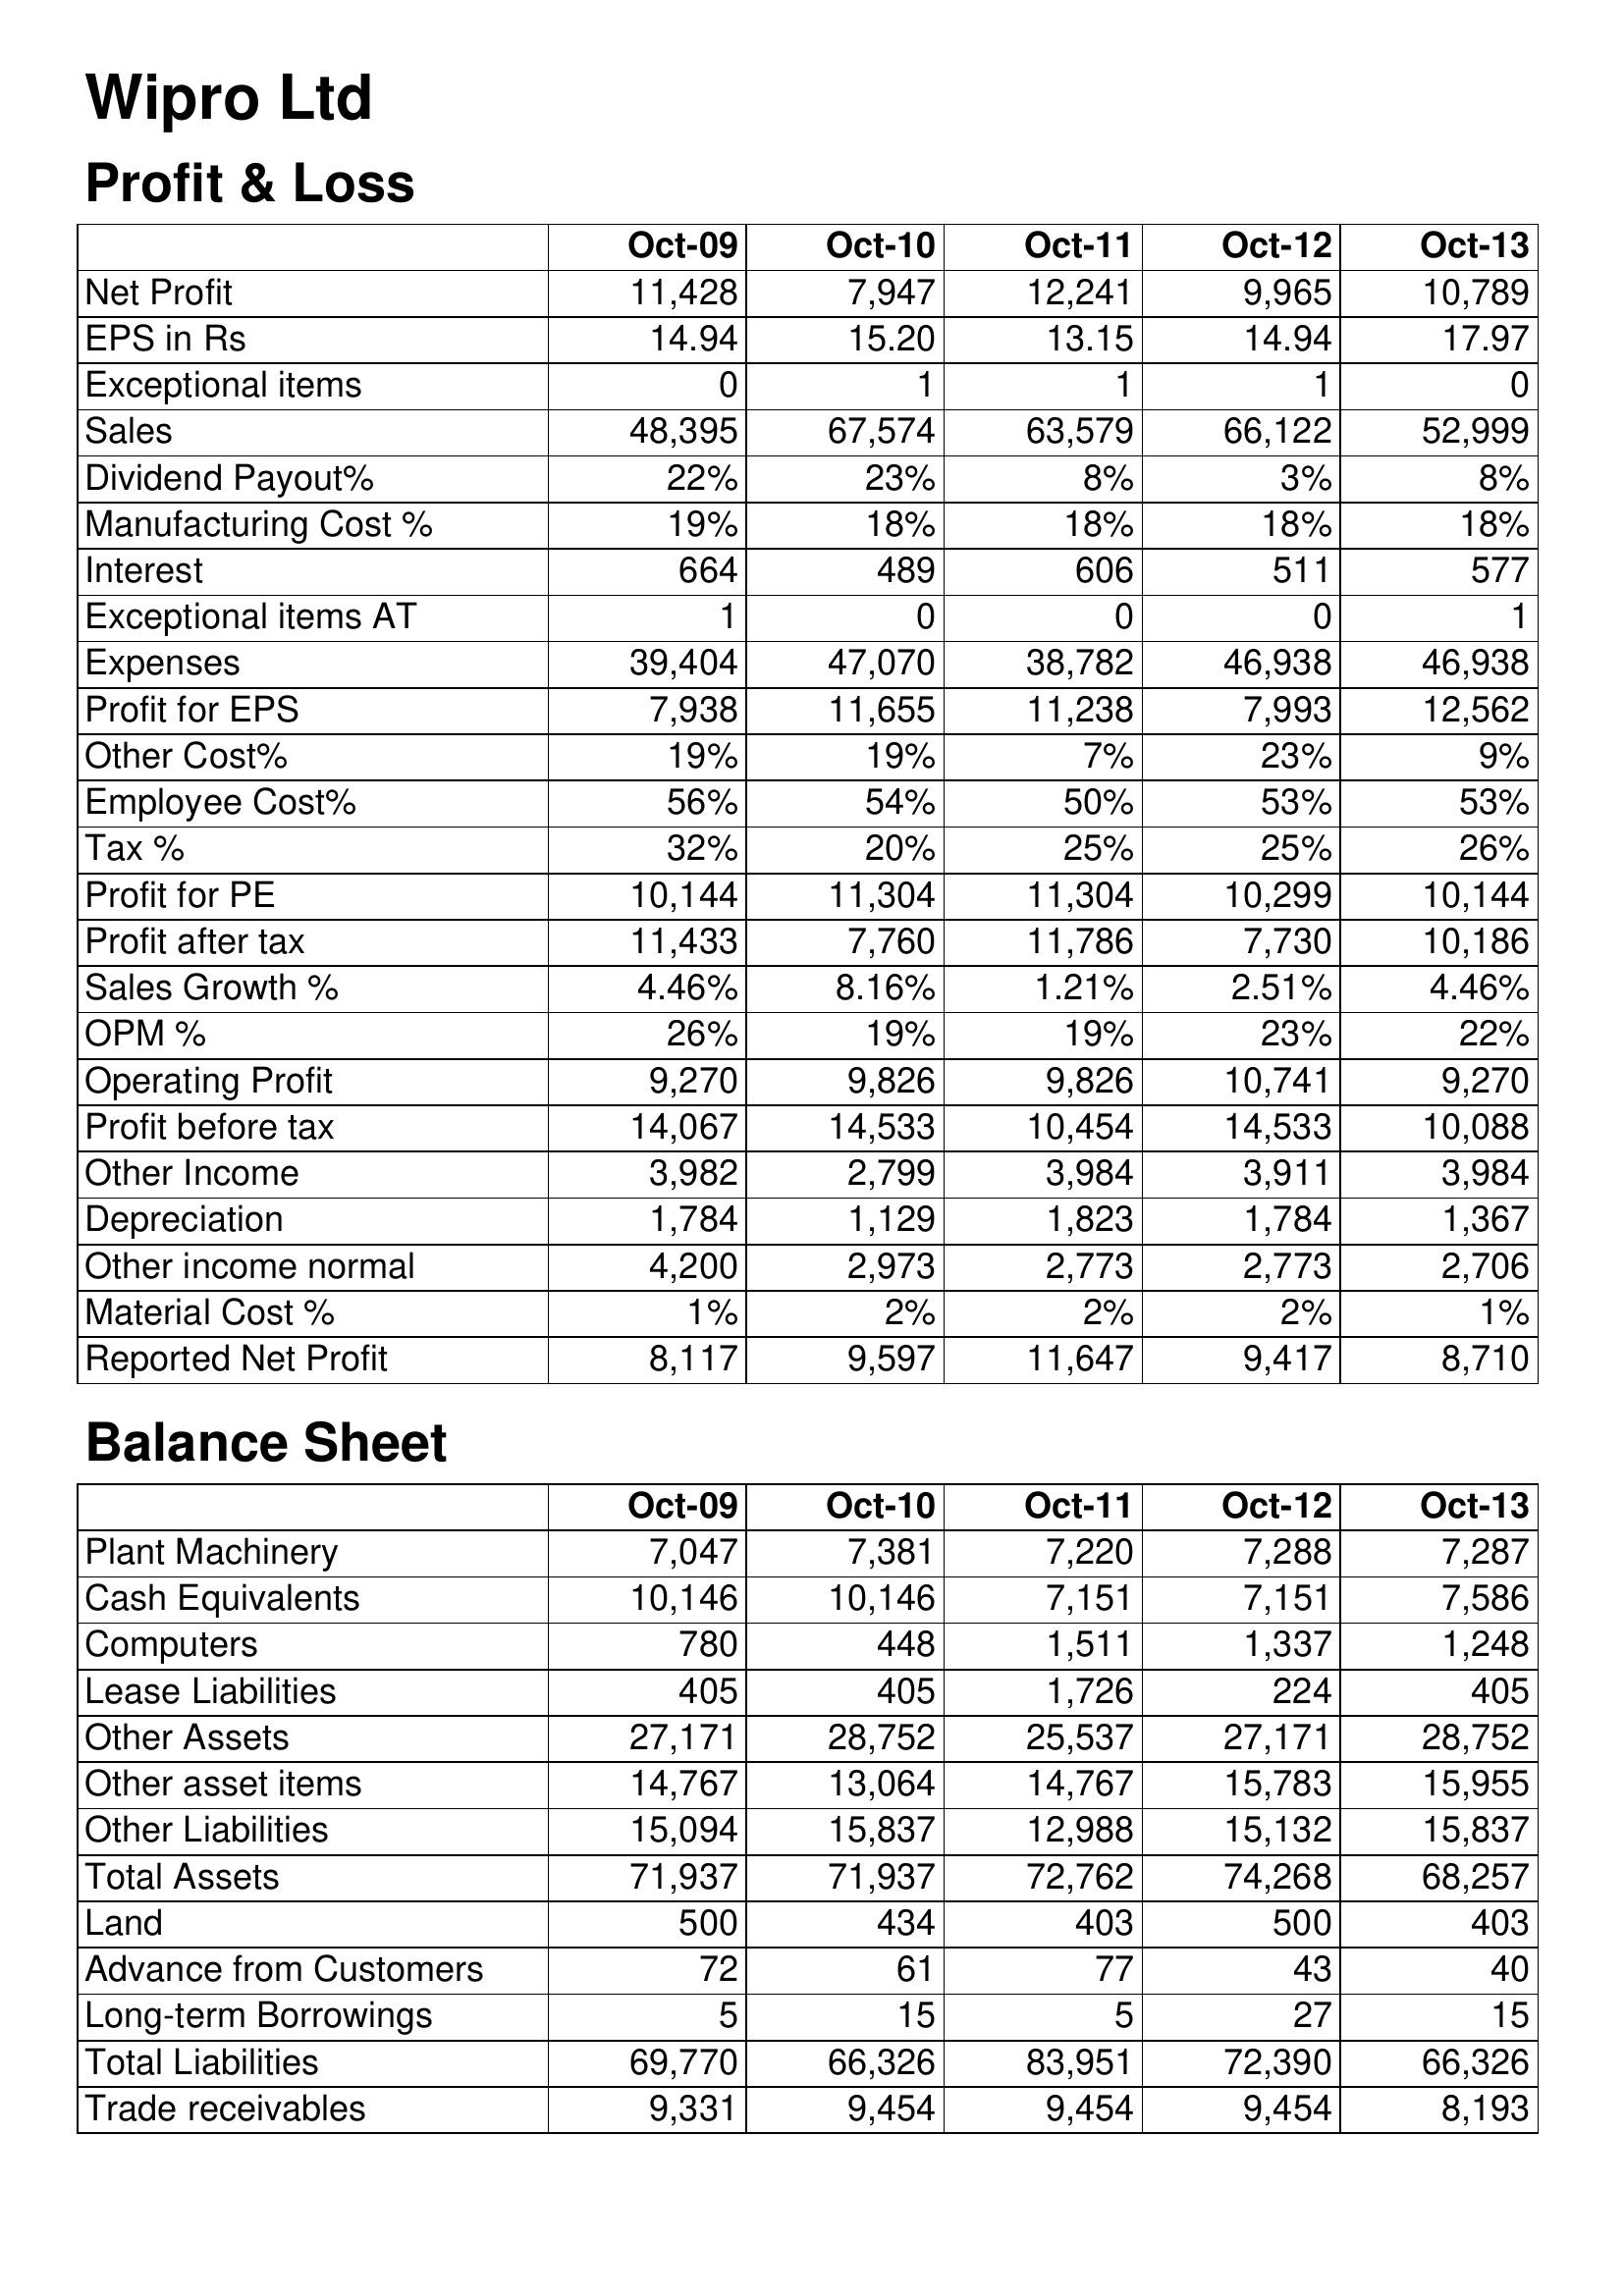
Oct-09: Profit & Loss: Net Profit: 11,428
EPS in Rs: 14.94
Exceptional items: 0
Sales: 48,395
Dividend Payout%: 22%
Manufacturing Cost %: 19%
Interest: 664
Exceptional items AT: 1
Expenses: 39,404
Profit for EPS: 7,938
Other Cost%: 19%
Employee Cost%: 56%
Tax %: 32%
Profit for PE: 10,144
Profit after tax: 11,433
Sales Growth %: 4.46%
OPM %: 26%
Operating Profit: 9,270
Profit before tax: 14,067
Other Income: 3,982
Depreciation: 1,784
Other income normal: 4,200
Material Cost %: 1%
Reported Net Profit: 8,117
Balance Sheet: Plant Machinery: 7,047
Cash Equivalents: 10,146
Computers: 780
Lease Liabilities: 405
Other Assets: 27,171
Other asset items: 14,767
Other Liabilities: 15,094
Total Assets: 71,937
Land: 500
Advance from Customers: 72
Long-term Borrowings: 5
Total Liabilities: 69,770
Trade receivables: 9,331
Oct-10: Profit & Loss: Net Profit: 7,947
EPS in Rs: 15.20
Exceptional items: 1
Sales: 67,574
Dividend Payout%: 23%
Manufacturing Cost %: 18%
Interest: 489
Exceptional items AT: 0
Expenses: 47,070
Profit for EPS: 11,655
Other Cost%: 19%
Employee Cost%: 54%
Tax %: 20%
Profit for PE: 11,304
Profit after tax: 7,760
Sales Growth %: 8.16%
OPM %: 19%
Operating Profit: 9,826
Profit before tax: 14,533
Other Income: 2,799
Depreciation: 1,129
Other income normal: 2,973
Material Cost %: 2%
Reported Net Profit: 9,597
Balance Sheet: Plant Machinery: 7,381
Cash Equivalents: 10,146
Computers: 448
Lease Liabilities: 405
Other Assets: 28,752
Other asset items: 13,064
Other Liabilities: 15,837
Total Assets: 71,937
Land: 434
Advance from Customers: 61
Long-term Borrowings: 15
Total Liabilities: 66,326
Trade receivables: 9,454
Oct-11: Profit & Loss: Net Profit: 12,241
EPS in Rs: 13.15
Exceptional items: 1
Sales: 63,579
Dividend Payout%: 8%
Manufacturing Cost %: 18%
Interest: 606
Exceptional items AT: 0
Expenses: 38,782
Profit for EPS: 11,238
Other Cost%: 7%
Employee Cost%: 50%
Tax %: 25%
Profit for PE: 11,304
Profit after tax: 11,786
Sales Growth %: 1.21%
OPM %: 19%
Operating Profit: 9,826
Profit before tax: 10,454
Other Income: 3,984
Depreciation: 1,823
Other income normal: 2,773
Material Cost %: 2%
Reported Net Profit: 11,647
Balance Sheet: Plant Machinery: 7,220
Cash Equivalents: 7,151
Computers: 1,511
Lease Liabilities: 1,726
Other Assets: 25,537
Other asset items: 14,767
Other Liabilities: 12,988
Total Assets: 72,762
Land: 403
Advance from Customers: 77
Long-term Borrowings: 5
Total Liabilities: 83,951
Trade receivables: 9,454
Oct-12: Profit & Loss: Net Profit: 9,965
EPS in Rs: 14.94
Exceptional items: 1
Sales: 66,122
Dividend Payout%: 3%
Manufacturing Cost %: 18%
Interest: 511
Exceptional items AT: 0
Expenses: 46,938
Profit for EPS: 7,993
Other Cost%: 23%
Employee Cost%: 53%
Tax %: 25%
Profit for PE: 10,299
Profit after tax: 7,730
Sales Growth %: 2.51%
OPM %: 23%
Operating Profit: 10,741
Profit before tax: 14,533
Other Income: 3,911
Depreciation: 1,784
Other income normal: 2,773
Material Cost %: 2%
Reported Net Profit: 9,417
Balance Sheet: Plant Machinery: 7,288
Cash Equivalents: 7,151
Computers: 1,337
Lease Liabilities: 224
Other Assets: 27,171
Other asset items: 15,783
Other Liabilities: 15,132
Total Assets: 74,268
Land: 500
Advance from Customers: 43
Long-term Borrowings: 27
Total Liabilities: 72,390
Trade receivables: 9,454
Oct-13: Profit & Loss: Net Profit: 10,789
EPS in Rs: 17.97
Exceptional items: 0
Sales: 52,999
Dividend Payout%: 8%
Manufacturing Cost %: 18%
Interest: 577
Exceptional items AT: 1
Expenses: 46,938
Profit for EPS: 12,562
Other Cost%: 9%
Employee Cost%: 53%
Tax %: 26%
Profit for PE: 10,144
Profit after tax: 10,186
Sales Growth %: 4.46%
OPM %: 22%
Operating Profit: 9,270
Profit before tax: 10,088
Other Income: 3,984
Depreciation: 1,367
Other income normal: 2,706
Material Cost %: 1%
Reported Net Profit: 8,710
Balance Sheet: Plant Machinery: 7,287
Cash Equivalents: 7,586
Computers: 1,248
Lease Liabilities: 405
Other Assets: 28,752
Other asset items: 15,955
Other Liabilities: 15,837
Total Assets: 68,257
Land: 403
Advance from Customers: 40
Long-term Borrowings: 15
Total Liabilities: 66,326
Trade receivables: 8,193